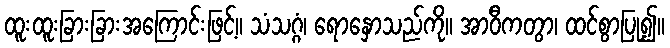
ထူးထူးခြားခြားအကြောင်းဖြင့်။ သံသဂ္ဂံ၊ ရောနှောသည်ကို။ အာဝီကတွာ၊ ထင်စွာပြု၍။